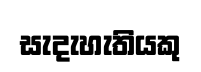
සැදැහැතියකු